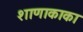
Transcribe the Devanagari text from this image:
शाणाकाका